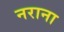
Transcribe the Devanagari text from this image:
नराना